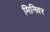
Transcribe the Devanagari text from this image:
मिनिवर